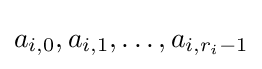
a_{i,0},a_{i,1},\ldots ,a_{i,r_{i}-1}